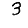
Digit: 3